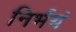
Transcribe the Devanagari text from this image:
निर्भयं